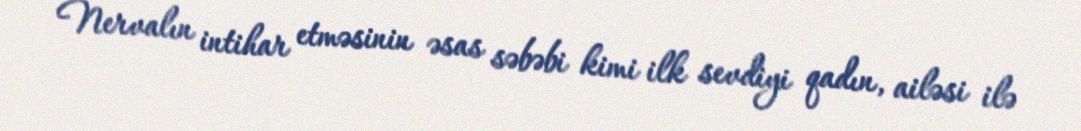
Nervalın intihar etməsinin əsas səbəbi kimi ilk sevdiyi qadın, ailəsi ilə